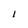
Character: l